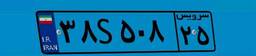
۹۱S۷۹۴۹۴